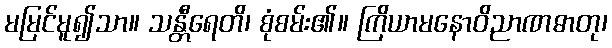
မမြင်မူ၍သာ။ သန္တီရေတိ၊ စုံစမ်း၏။ ကြိယာမနောဝိညာဏဓာတု၊